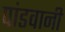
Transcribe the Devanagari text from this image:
पांडवानी